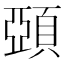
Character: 𩓩